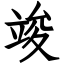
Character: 竣